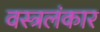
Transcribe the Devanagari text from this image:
वस्त्रलंकार